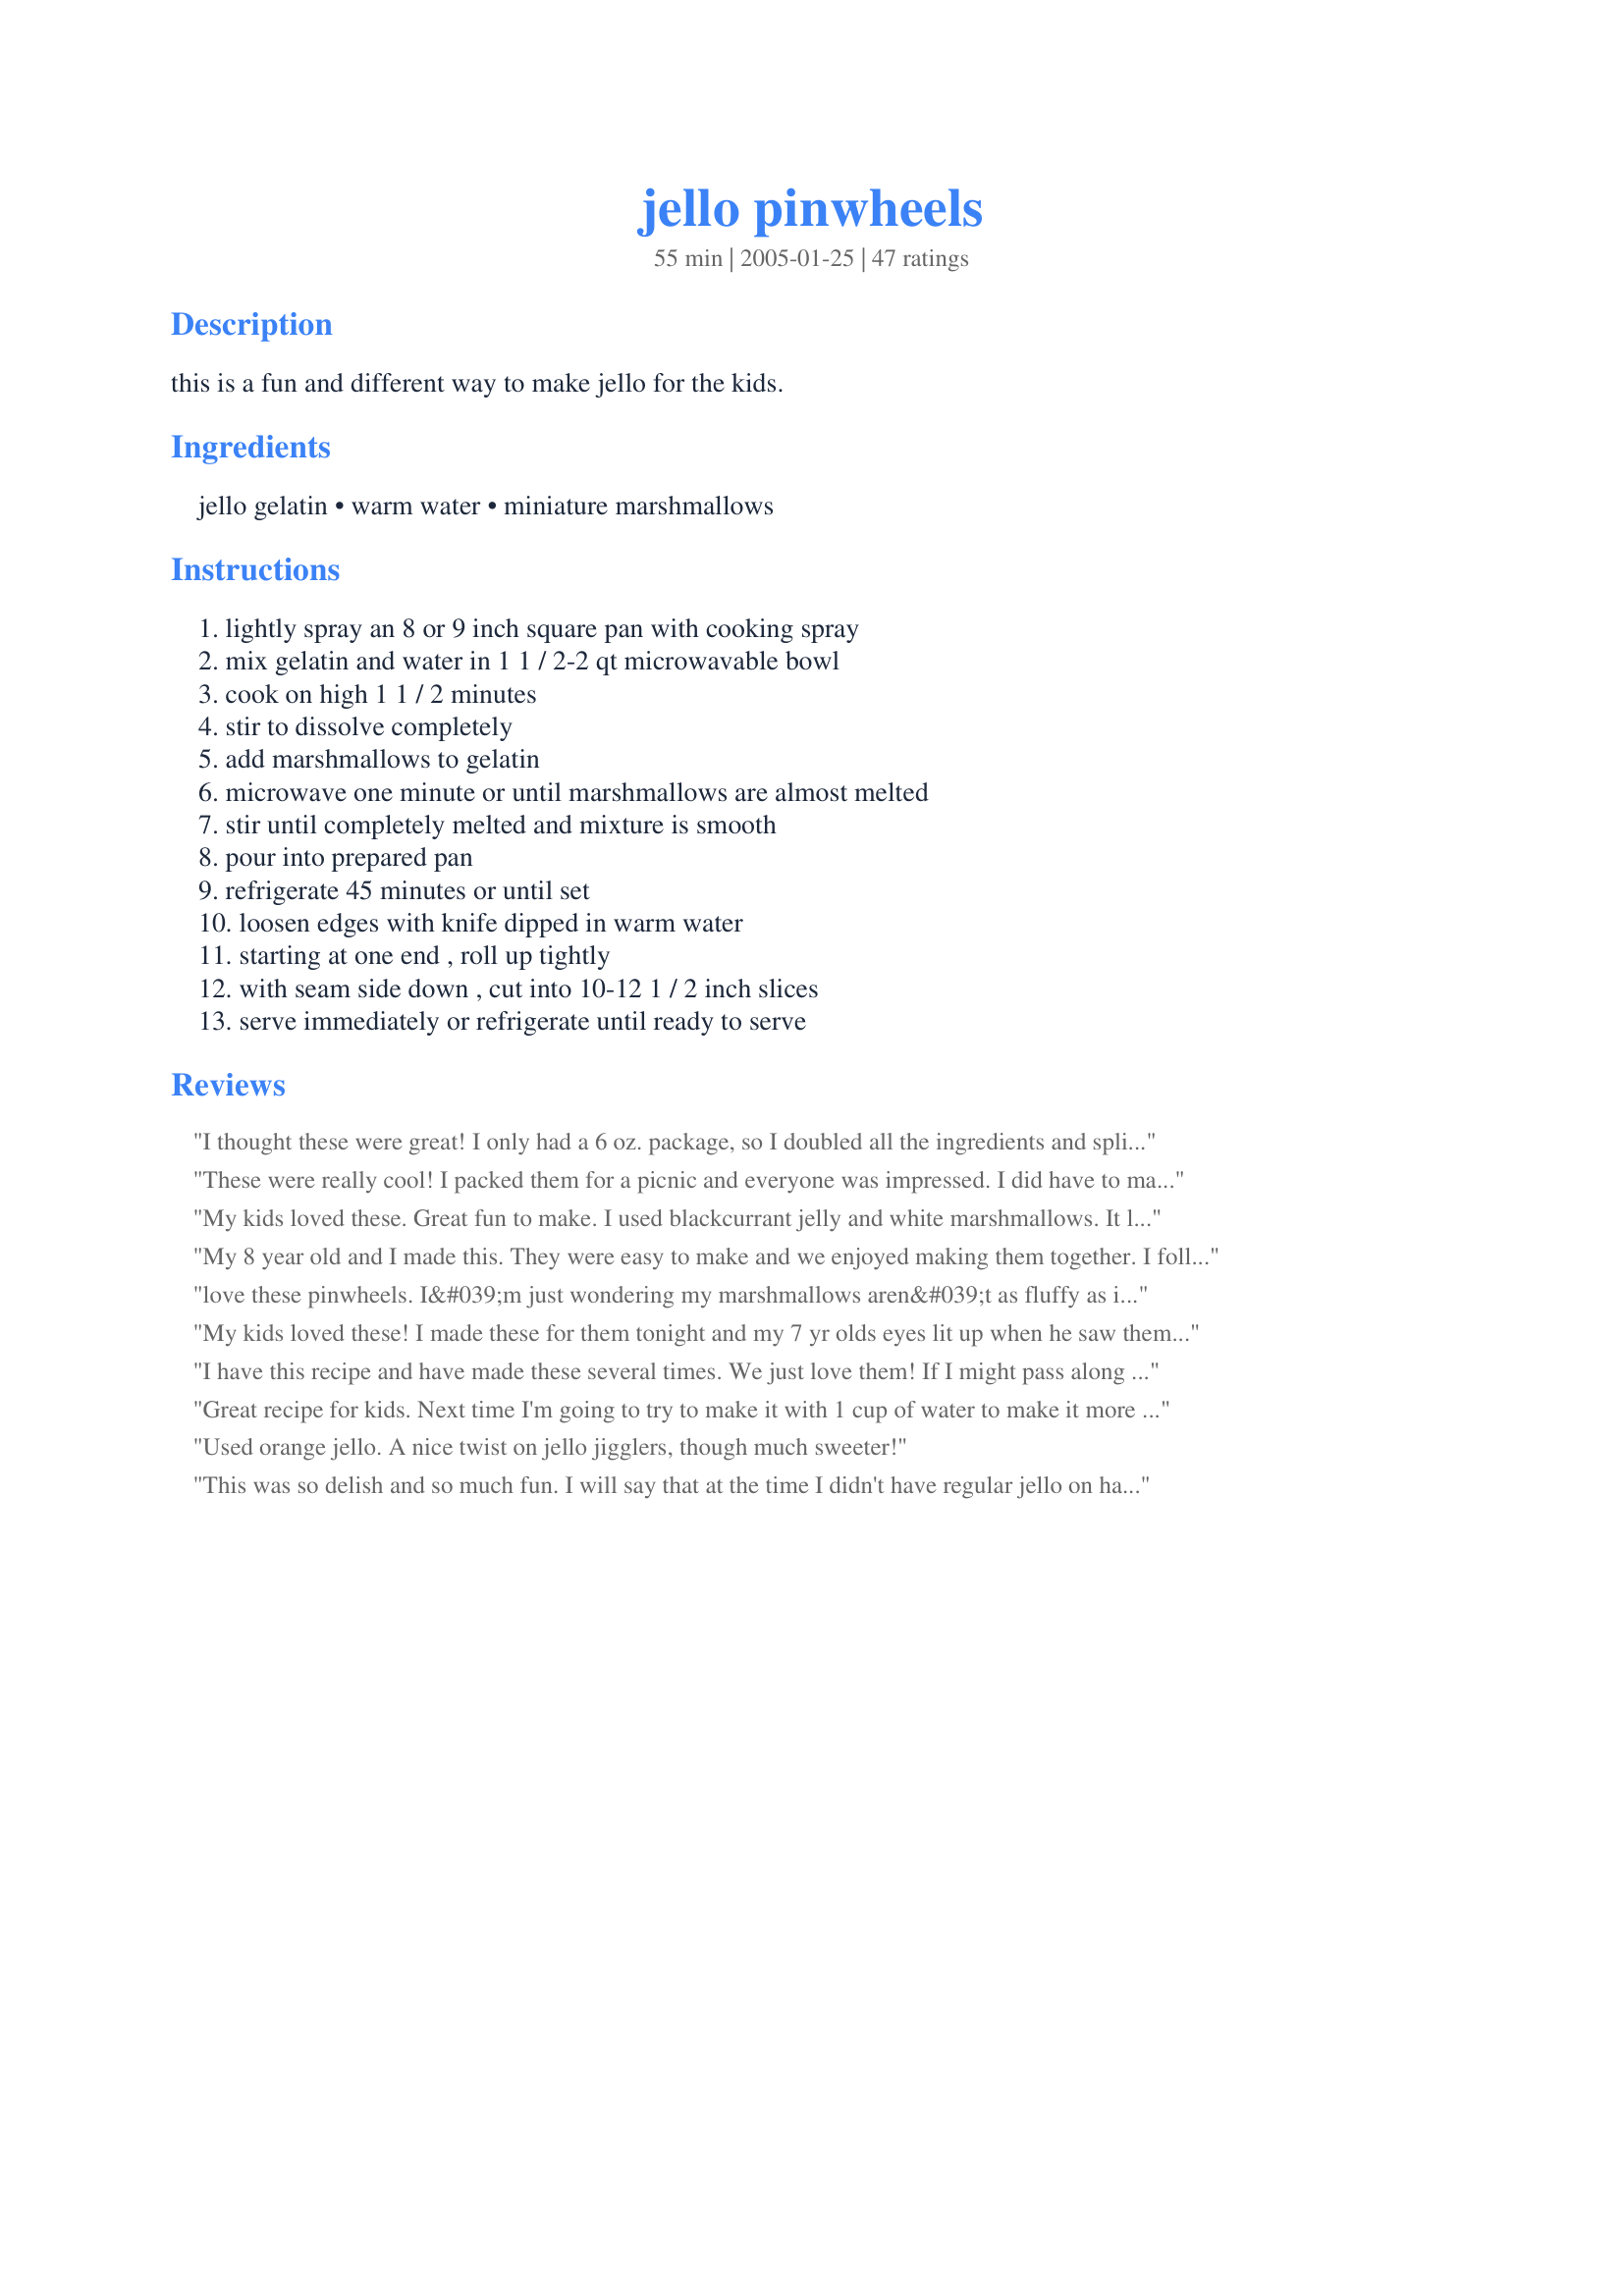
jello pinwheels
Preparation time: 55 minutes

this is a fun and different way to make jello for the kids.

Ingredients:
jello gelatin, warm water, miniature marshmallows

Steps:
lightly spray an 8 or 9 inch square pan with cooking spray, mix gelatin and water in 1 1 / 2-2 qt microwavable bowl, cook on high 1 1 / 2 minutes, stir to dissolve completely, add marshmallows to gelatin, microwave one minute or until marshmallows are almost melted, stir until completely melted and mixture is smooth, pour into prepared pan, refrigerate 45 minutes or until set, loosen edges with knife dipped in warm water, starting at one end , roll up tightly, with seam side down , cut into 10-12 1 / 2 inch slices, serve immediately or refrigerate until ready to serve

Reviews:
I thought these were great! I only had a 6 oz. package, so I doubled all the ingredients and split the mixture between two pans. It's very quick and easy, and my 3-year-old loved them.
These were really cool! I packed them for a picnic and everyone was impressed. I did have to make a few adjustments as flavored Jello isn't available here, so I used 1 envelope (1/4 oz) of plain gelatin powder plus 1 cup of fruit juice, which I first cooked down to half a cup. Since it was already hot I just stirred in the gelatin and marshmallows and went from there. It tasted just like the real thing. :) I did find that the roll didn't want to stick together right away, but after refrigerating the pinwheels held their shape, so next time I will chill the roll for a bit before cutting. I can't wait to make holiday themed versions! Thanks!
My kids loved these. Great fun to make. I used blackcurrant jelly and white marshmallows. It looked very pretty. Pretty sticky, though, so I rolled them in sugar, which worked well.
My 8 year old and I made this. They were easy to make and we enjoyed making them together. I followed the recipe exactly as written. We will be making this again.
love these pinwheels. I&#039;m just wondering my marshmallows aren&#039;t as fluffy as in in the picture.
My kids loved these! I made these for them tonight and my 7 yr olds eyes lit up when he saw them. I'm going to make 2 more batches tomorrow for the 4th of July in red and blue. Perfect for the kids at g'mas house. Thank you for sharing your recipe with us.
I have this recipe and have made these several times. We just love them! If I might pass along a hint, use wax paper in the pan and spray the paper lightly with cooking spray. It sure makes the rolling process alot easier. Great recipe!
Great recipe for kids. Next time I'm going to try to make it with 1 cup of water to make it more "jello-y" instead of "jiggler-y"
Used orange jello. A nice twist on jello jigglers, though much sweeter!
This was so delish and so much fun. I will say that at the time I didn't have regular jello on hand so I used sugar free and we had pink strawberry flavored marshmallows. I am guessing that maybe due to the fact that I used sugar free red jello and pink marshmallows the two combined so I didn't get the striping effect. However, they were deliscious and the kids loved them. We will definitely make them again and try it with the recipe as is. Thanks for an awesome recipe!
i used sugar free jello and it worked just fine. only took about 30mins to set, sprayed the pan w/ pam and i folded the first bit and held it there a few seconds for it to stick. then they rolled right up and didn't stick to the dish at all. i only cut it into 6 pieces, 12 seemed a bit small. the kids are excited for desert now, maybe they'll actually eat their dinner w/o me having to fuss at them! i'll probably 2x or 3x the recipe next time. maybe the sugar free doesn't make quite as much? doesn't matter though, i refuse to give my kids all that extra sugar.
i was so excited to make these because they are so cute and we love jello, but they were WAY to sweet for us. even the kids only ate one.
I have made these pinwheels for at least 27 years. For some reason I usually have trouble with the green jello, the marshmallow never looks as fluffy. You want to make sure your marshmallows are very fresh, if old they do not fluff as well. I have always sprayed right in the center of the pan, and then spread the spray to completely coat with a paper towel. That way the pinwheels are not as slippery and the pan is coated very lightly. Important to make sure spray is completely covered on pan bottom and sides, otherwise the jello will stick and you will get holes in them. This calls for 12 marshmallows, I always use 13, some brands are smaller than others. Some microwaves are hotter than others, so that will make the marshmallows melt completely away. My oldest daughter who is 32 took them almost every year for her school treats! One year her teacher had us come in and do a demonstration on how they were made. They followed her all the way up through school to sporting events, graduation party, most all of our family holidays. Tonight I made them (10 batches) with her and my grandson, so he could take them to school for his birthday treat tomorrow! What a part of our family tradition they have become.
These were a blast to make and not any more time-consuming than Jello Jigglers. I was a little worried about my pinwheels turning out so neatly but they looked just like the photo. I was out of spray so I spread a little butter/short. on my dish. I used a large spatula to get my roll started and it cooperated nicely. I used a new Jello Blackberry Blast flavor. My husband really loved them! I think they reminded him of something you'd get in England. Thanks LonghornMama, for posting such a NEAT recipe!

Roxygirl
Take my advice & use FRESH marshmallows! We had friends over (with their kids) & I tried to use this as an opportunity to get rid of some of my "old" marshmallows. They're not my kids - right! (just kidding) - but I had to stir & stir & stir until the stupid things were dissolved. Guess I stirred too well - they didn't separate into two layers! So, of course, rolling them up & cutting them just looked silly - so I used a small cookie cutter & made pretty shapes. They thought I was a doll for thinking of the younguns & I got a good upper body workout! :) By the way, they tasted pretty good. Thanks for sharing!
This is a great idea, and the only reason i'm not giving it any stars is because of a mistake i made. I'm guessing you have to let the marshmallow rise to the top BEFORE you let the jello set. The marshmallow never rose to the top for me. I'll try this again soon though!
I tried these out on my family and everyone loved them. They were pretty easy to make the only fall back I had about them was that you really need multiple boxes of each flavor in order to get enough of them to pass around. I used parchment paper because I didn't have anything else and it worked ok but was still a bit difficult to roll up off the paper.
I don't know what I did wrong, but the marshmellows did not separate. They were easy, but did not go over well with the kids. Sorry.
great idea! I only had a cup of mini marshmallows and they still came out great.
I got a little confused when I made this (my fault) and used a cookie sheet rather than a 9x13 pan. I realized my error when there wasn't enough to cover the bottom of the pan. I quickly mixed up a second batch and added to it. It set up very nicely. I used a little butter to grease the pan rather than spraying and I must have got it a bit too thin because it did start to stick in a couple place when I was rolling it up, but I used a plastic spatula to scrape it a bit and it rolled right up. Great recipe, the kids loved it, and I am passing it on to my sister as well. Thanks LongHornMama!
These are fantastic! Absolutely simple, so quick to make and a real conversation piece at the table. Thank you so much for sharing!
Don't know what happened but my marshmallow didn't float to the top. I used sugar free jello and that's the only reason I can think of. Anyway, I used strawberry/banana flavored jello and it was wonderful tasting. A nice easy to fix, low calorie treat.
These were fun and easy to make. The kids loved them. You could pour this into individual small glass dishes as dessert also. I doubled the recipe and put in a 9 x 13 pan and used waxed paper like another reviewer recommended. Thanks for sharing a great recipe!
I have to confess... I didn't actually make these. I wanted to, but just didn't have the time. However, I did take the recipe to the lady watching my kids this week with the ingredients and she made them! I tasted them when I came home and they were really good. Ashley said that the kids had a great time "helping" to make them and that she would give the recipe 5 Stars for ease! I give it 5 Stars for kid pleasing results. Thank you!
A great recipe! I made these for a quick snack for my DD's and now they are begging to take this to school for their next snack day! The wax paper made this recipe effortless.
These were so easy! I used a new tropical jellow and strawberry flavored marshmallows. These are very cool- thanks!
My grandma used to make these and I had no idea how easy they were! They received rave reviews at my 2 year old sons birthday party! I doubled the recipe and poured it into a jelly roll pan, but probably should have tripled it because they were awfully thin.
YUMMY! Used by fav gelatin - black cherry(sugar-free). Reduced the miniature marshmallows to 3/4 cup. I lined the pan with plastic wrap so it was very easy to remove from the pan, and to roll. Kept it rolled in the plastic wrap in fridge for a couple of hours. Used hot knife to make slicing easier.
I can't have much in the way of "sweet" desserts so this is a treat for me.
Thanks for posting.
I'm in my fifties and I thought these were fun. Definitely a kid friendly recipe. The wax paper suggestion from Susie in Texas really helps.
I can't believe I forgot to rate these. My kids love these, especially my 3 yr old. They did stick to the plate after a couple of hours in the fridge. My kids could care less they still loved them. Great recipe, thanks for posting!
I think we must be really weird, because my kids did not care for this one much. The taste is lovely, but I think it is a textural thing. My husband said he thought the texture was that of snails, but I doubt that! But it looked wonderful and had a nice taste.
My kids love these, as well as the kids at my daughters school. A great alternative to fruit snacks or fruit roll ups. I have made blue rapsberry and lime. The mini marshmallows melt more evenly than the large, but it worked great with either. I lined my pan with Reynolds Release alumminum foil and the Jello lifted right off.
This is a very cute idea! I thought all my kids would love it, but not all of them did. I will keep trying with different flavors. Red and blue jellos for the 4th of July will be a great idea for the kids. Thanks for sharing.
These are fun! I prepared this on stove top, under low heat, rather than microwaveing it.
I just served this out of the pan and that was pretty fun in itself. I used Wild Strawberry jello and the pink stars out of the package of Holiday Kraft Marshmallows. I figured 2 stars would add up to the 12 large marshmallows. The jello bottom is jiggler consistency. I see how this holds together after being rolled because the marshmallow top to a little sticky. I will definitely have to find the time to roll this when I make it next. Made for *Zaar Cookbooks Tag 2008* game
This was really easy and my little ones loved it. It has a texture similar to fruit roll-ups. I didnt care for it and neither did my 8 year old, but my 2 and 3 year olds couldnt get enough of it. I agree that using wax paper in the pan is the way to go. Next time I want to double the recipe and put it in a jelly roll pan to make the roll "fatter".
What a truly fun and tasty recipe. 
Made it for my GD,s birthday
party and both kids and adults 
loved them. Was asked numerous times for the recipe.Thank you!!
These were GREAT! My sons really enjoyed them. Even the adults joined in and liked them. I think this is a great recipe. And it will be so cute in the lunchbox! Thanks so much for posting!
It was easy to make but me and my family could taste the non stick spray. Also, it tasted bland
Lots of fun. Made a double recipe and used a 9x 13 pan.
Ok so the first time I tried this I used sugar free jello. That did not work! There aren't as many ounces in the sugar free so I had to convert the rest of the recipe and it was definitely not what it was supposed to be. So I just tried it again and it was great! I did not use sugar free this time and everything was perfect! Thanks!!
I made these for my son's 1st birthday party. Mine did not come out as pretty as the pictures on here for sure. The children at the party seemed to like them, as well as the adults. I used sugar free jello. I had problems rolling my jello up, no matter what I tried, it stuck to the pan and that is probably what caused mine to look so rumpled. I would make it again for sure though.
We love this recipe!! The kids have so much fun helping and it&#039;s delicious too.
Have made this recipe twice now. Once just for the kids and it was so popular that I made it for our homeschool group picnic. Everyone loved them and asked for the recipe!!! Easy to make. I quadrupled the recipe and it still turned out great!!!
Turned out perfect,dgds helped make it and they loved it,thanks.
It tastes good, but is too sweet for me.
Made these to bring to a friend w/cancer who is on a special diet. They were perfect for her and her queasy stomach. I used the advice and sprayed the wax paper b/f pouring into the pan. This was helpful as they are very sticky to work with. A definite fun for someone with kids. Thanks mamma~
